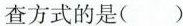
查方式的是()